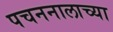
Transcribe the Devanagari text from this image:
पचननालाच्या